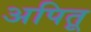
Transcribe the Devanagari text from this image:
अपितू